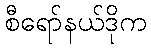
စီရော်နယ်ဒိုက